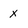
Character: x